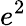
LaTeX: e^{2}